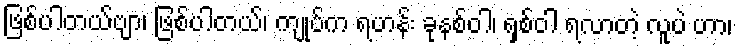
ဖြစ်ပါတယ်ဗျာ၊ ဖြစ်ပါတယ်၊ ကျုပ်က ရဟန်း ခုနစ်ဝါ၊ ရှစ်ဝါ ရလာတဲ့ လူပဲ ဟာ၊